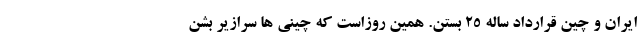
ایران و چین قرارداد ساله 25 بستن. همین روزاست که چینی ها سرازیر بشن